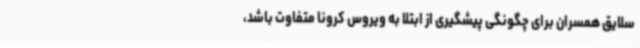
سلایق همسران برای چگونگی پیشگیری از ابتلا به ویروس کرونا متفاوت باشد،